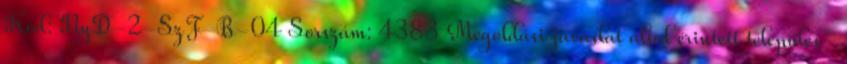
Kód: NyD-2-SzF-B-04 Sorszám: 4383 Megoldási javaslat által érintett település-